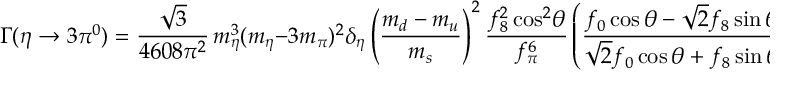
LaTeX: \Gamma ( \eta \to 3 \pi ^ { 0 } ) = \frac { \sqrt { 3 } } { 4 6 0 8 \pi ^ { 2 } } \, m _ { \eta } ^ { 3 } ( m _ { \eta } - 3 m _ { \pi } ) ^ { 2 } \delta _ { \eta } \left( \frac { m _ { d } - m _ { u } } { m _ { s } } \right) ^ { 2 } \frac { f _ { 8 } ^ { 2 } \cos ^ { 2 } \! \theta } { f _ { \pi } ^ { 6 } } \left( \frac { f _ { 0 } \cos \theta - \sqrt { 2 } f _ { 8 } \sin \theta } { \sqrt { 2 } f _ { 0 } \cos \theta + f _ { 8 } \sin \theta } \right) ^ { 2 }